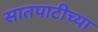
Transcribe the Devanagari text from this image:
सातपाटीच्या